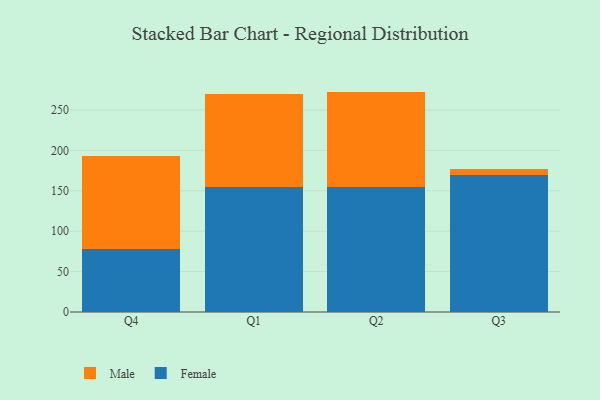
{"axis": {"x": "Quarter", "y": "Page Views"}, "legend": ["Female", "Male"], "data": [{"x": "Q4", "y": 77.4, "type": "Female"}, {"x": "Q4", "y": 115.5, "type": "Male"}, {"x": "Q1", "y": 154.1, "type": "Female"}, {"x": "Q1", "y": 115.4, "type": "Male"}, {"x": "Q2", "y": 154.8, "type": "Female"}, {"x": "Q2", "y": 117.9, "type": "Male"}, {"x": "Q3", "y": 169.0, "type": "Female"}, {"x": "Q3", "y": 8.3, "type": "Male"}]}